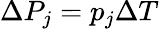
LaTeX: \Delta P_{j}=p_{j}\Delta T